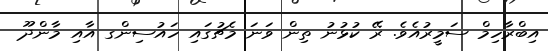
އިބްރާހިމް ސަމީރުއެވެ. ރޭ ކުޅުނު ތިން ވަނަ މެޗުގައި ހައުސިންގ އާއި މާންދޫ